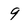
Character: 9